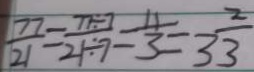
\frac { 7 7 } { 2 1 } = \frac { 7 7 \div 7 } { 2 1 \div 7 } = \frac { 1 1 } { 3 } = 3 \frac { 2 } { 3 }